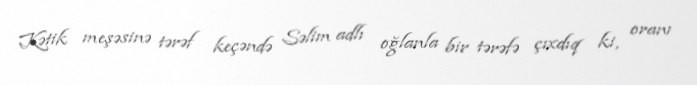
Kətik meşəsinə tərəf keçəndə Səlim adlı oğlanla bir tərəfə çıxdıq ki, oranı